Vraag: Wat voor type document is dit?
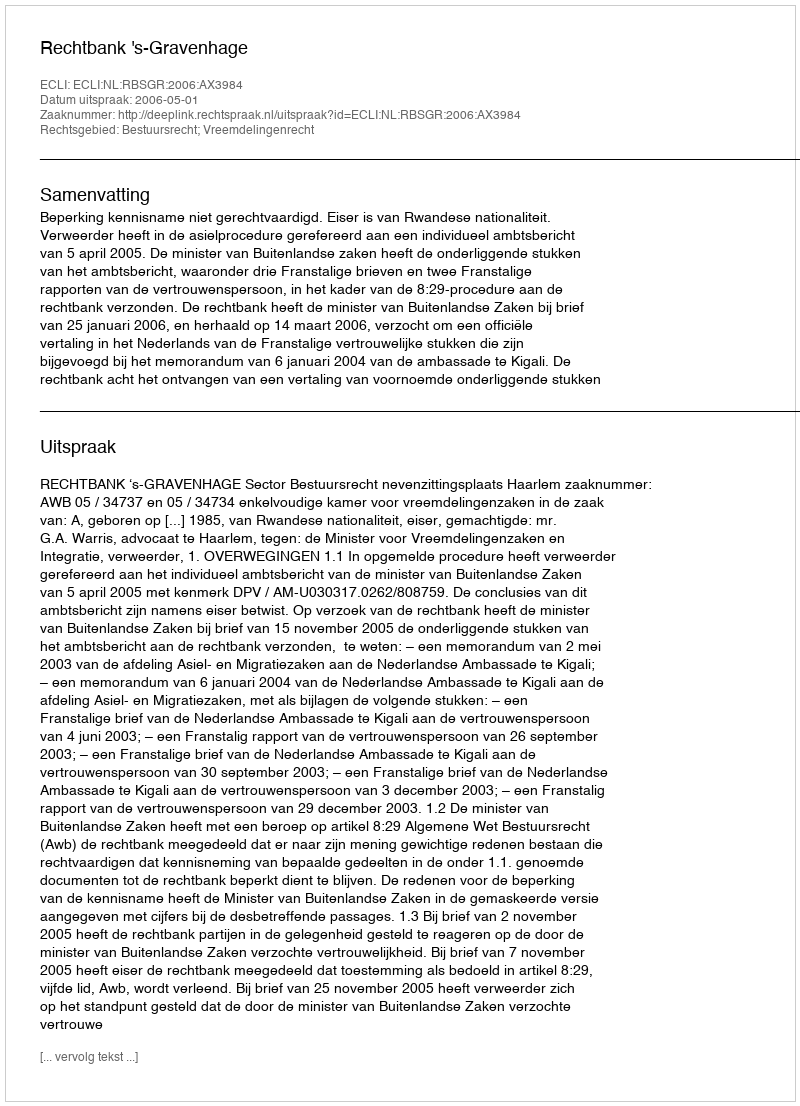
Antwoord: Uitspraak